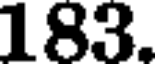
183.